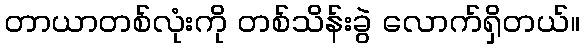
တာယာတစ်လုံးကို တစ်သိန်းခွဲ လောက်ရှိတယ်။